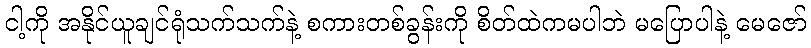
ငါ့ကို အနိုင်ယူချင်ရုံသက်သက်နဲ့ စကားတစ်ခွန်းကို စိတ်ထဲကမပါဘဲ မပြောပါနဲ့ မေဇော်